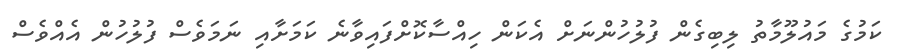
ކަމުގެ މައުލޫމާތު ލިބިގެން ފުލުހުންނަށް އެކަން ހިއްސާކޮށްފައިވާނެ ކަމަށާއި ނަމަވެސް ފުލުހުން އެއްވެސް